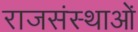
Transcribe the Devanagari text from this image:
राजसंस्थाओं